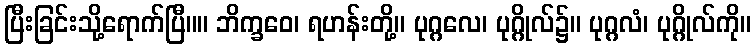
ပြီးခြင်းသို့ရောက်ပြီ။။ ဘိက္ခဝေ၊ ရဟန်းတို့။ ပုဂ္ဂလေ၊ ပုဂ္ဂိုလ်၌။ ပုဂ္ဂလံ၊ ပုဂ္ဂိုလ်ကို။